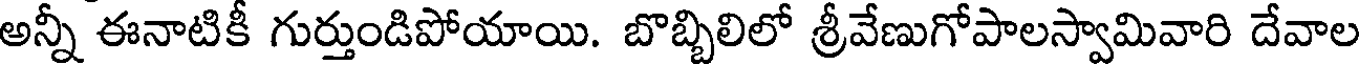
అన్నీ ఈనాటికీ గుర్తుండిపోయాయి. బొబ్బిలిలో శ్రీవేణుగోపాలస్వామివారి దేవాల